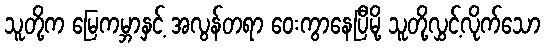
သူတို့က မြေကမ္ဘာနှင့် အလွန်တရာ ဝေးကွာနေပြီမို့ သူတို့လွှင့်လိုက်သော